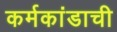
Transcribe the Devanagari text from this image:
कर्मकांडाची